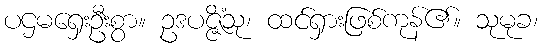
ပဌမရှေးဦးစွာ။ ဥဒပဇ္ဇိံသု၊ ထင်ရှားဖြစ်ကုန်၏။ သုမုခ၊